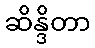
ဆိန္ဒိတာ